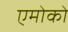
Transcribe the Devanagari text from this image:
एमोको